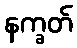
နက္ခတ်